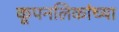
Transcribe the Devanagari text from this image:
कूपनलिकांच्या